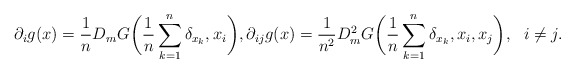
\begin{align*}\partial_i g(x) = \frac{1}{n}D_mG\bigg(\frac{1}{n}\sum_{k=1}^n\delta_{x_k},x_i\bigg), \partial_{ij} g(x) = \frac{1}{n^2}D_m^2G\bigg(\frac{1}{n}\sum_{k=1}^n\delta_{x_k},x_i,x_j\bigg), \ \ i \neq j.\end{align*}